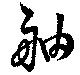
舳